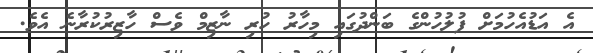
އެ އަޑުއެހުމަށް ފުލުހުންގެ ބަންދުގައި މިހާރު ހުރި ނާޒިމް ވެސް ހާޒިރުކުރާނެ އެވެ.